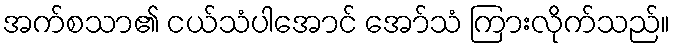
အက်စသာ၏ ငယ်သံပါအောင် အော်သံ ကြားလိုက်သည်။